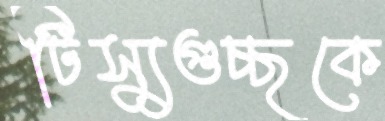
টিস্যুগুচ্ছকে